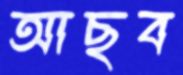
আছব